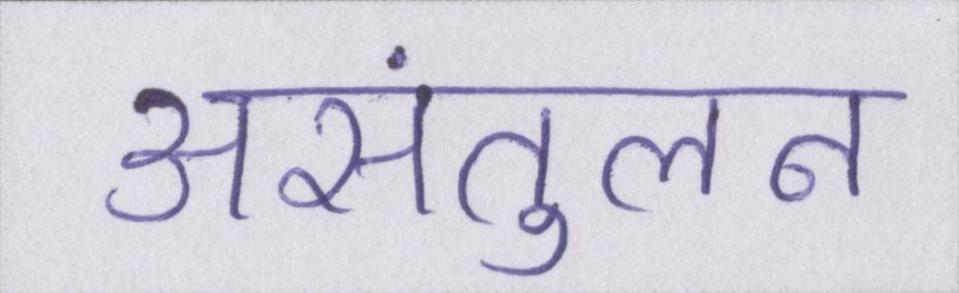
असंतुलन